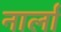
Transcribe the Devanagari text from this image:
नार्ला